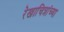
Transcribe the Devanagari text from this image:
रेखाचित्रांच्या